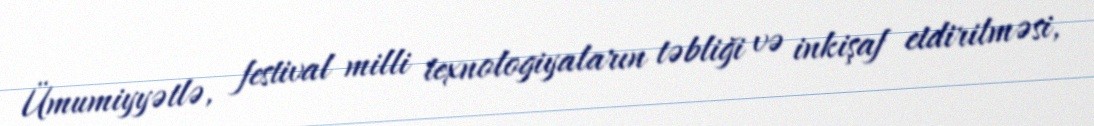
Ümumiyyətlə, festival milli texnologiyaların təbliği və inkişaf etdirilməsi,